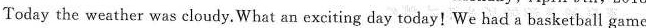
Today the weather was cloudy.What an exciting day today! We had a basketball game